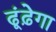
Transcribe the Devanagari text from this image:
ढूंढ़ेगा